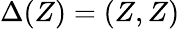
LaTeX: \Delta(Z)=(Z,Z)